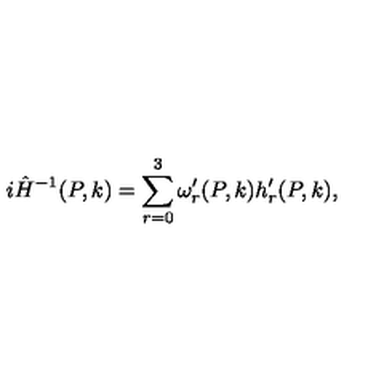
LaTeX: i \hat { H } ^ { - 1 } ( P , k ) = \sum _ { r = 0 } ^ { 3 } \omega _ { r } ^ { \prime } ( P , k ) h _ { r } ^ { \prime } ( P , k ) ,